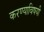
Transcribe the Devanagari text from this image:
करण्‍याविषयी